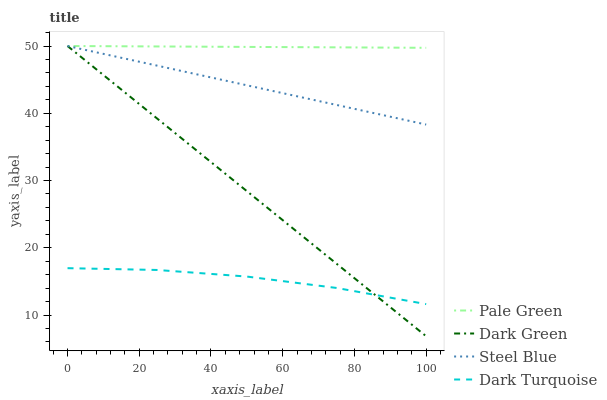
| xaxis_label | Pale Green | Dark Green | Steel Blue | Dark Turquoise |
 | --- | --- | --- | --- | --- |
 | 0 | 50 | 50 | 50 | 17 |
 | 25 | 49.9 | 39.2 | 47.1 | 16.7 |
 | 50 | 49.9 | 28.4 | 44.2 | 15.7 |
 | 75 | 49.8 | 17.6 | 41.2 | 14 |
 | 100 | 49.7 | 6.85 | 38.3 | 11.6 |